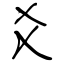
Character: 爻